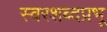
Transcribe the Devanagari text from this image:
स्वरशब्दप्रभू